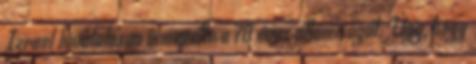
Izrael hivatalosan ünnepelte a 70 éves államiságát. Úgy, hogy